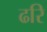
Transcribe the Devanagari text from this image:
ढरि